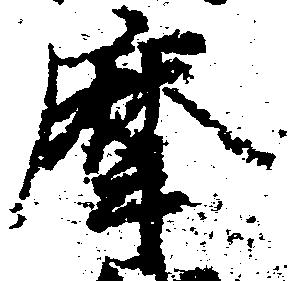
摩